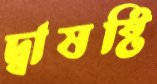
দ্বাষষ্টি